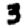
Digit: 3